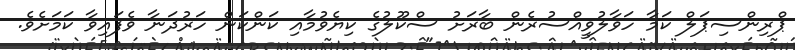
ޕްރިންސިޕަލް ކަމާ ހަވާލުވީއްސުރެން ބާރަށު ސްކޫލުގެ ކިޔެވުމާއި ކަންކަން ހަރުދަނާ ވެފައިވާ ކަމަށެވެ.